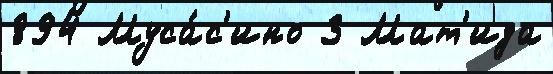
894 Муса́с'ино 3 Мат'ида